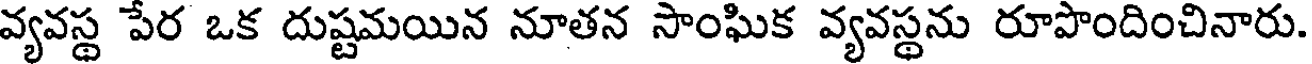
వ్యవస్థ పేర ఒక దుష్టమయిన నూతన సాంఘిక వ్యవస్థను రూపొందించినారు